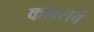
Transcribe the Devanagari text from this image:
कमरावं